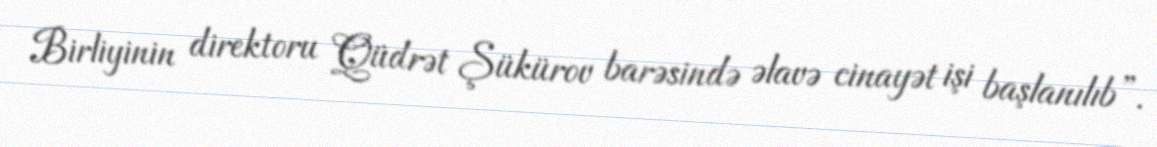
Birliyinin direktoru Qüdrət Şükürov barəsində əlavə cinayət işi başlanılıb”.